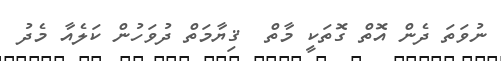
ނުވަތަ ދެން އޮތް ގޮތަކީ މާތް  ޤިޔާމަތް ދުވަހުން ކަލެއާ މެދު